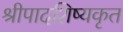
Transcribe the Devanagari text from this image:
श्रीपादशिष्यकृत